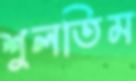
শুলতিম